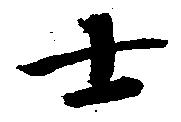
士